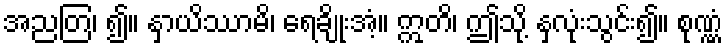
အညတြ၊ ၍။ နှာယိဿာမိ၊ ရေချိုးအံ့။ ဣတိ၊ ဤသို့ နှလုံးသွင်း၍။ စုဏ္ဏံ